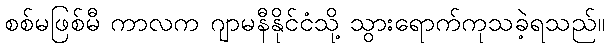
စစ်မဖြစ်မီ ကာလက ဂျာမနီနိုင်ငံသို့ သွားရောက်ကုသခဲ့ရသည်။